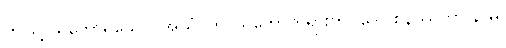
ဤသို့ သဘောရှိသော။ အယံ၊ ဤ သဘောတရားကို။ ဒေါဝစနဿတာ နာမ၊